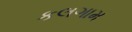
કલગામ